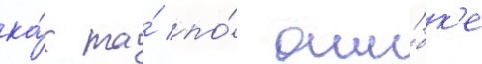
ка́к та́ по́ оши́бк'е